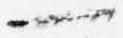
一